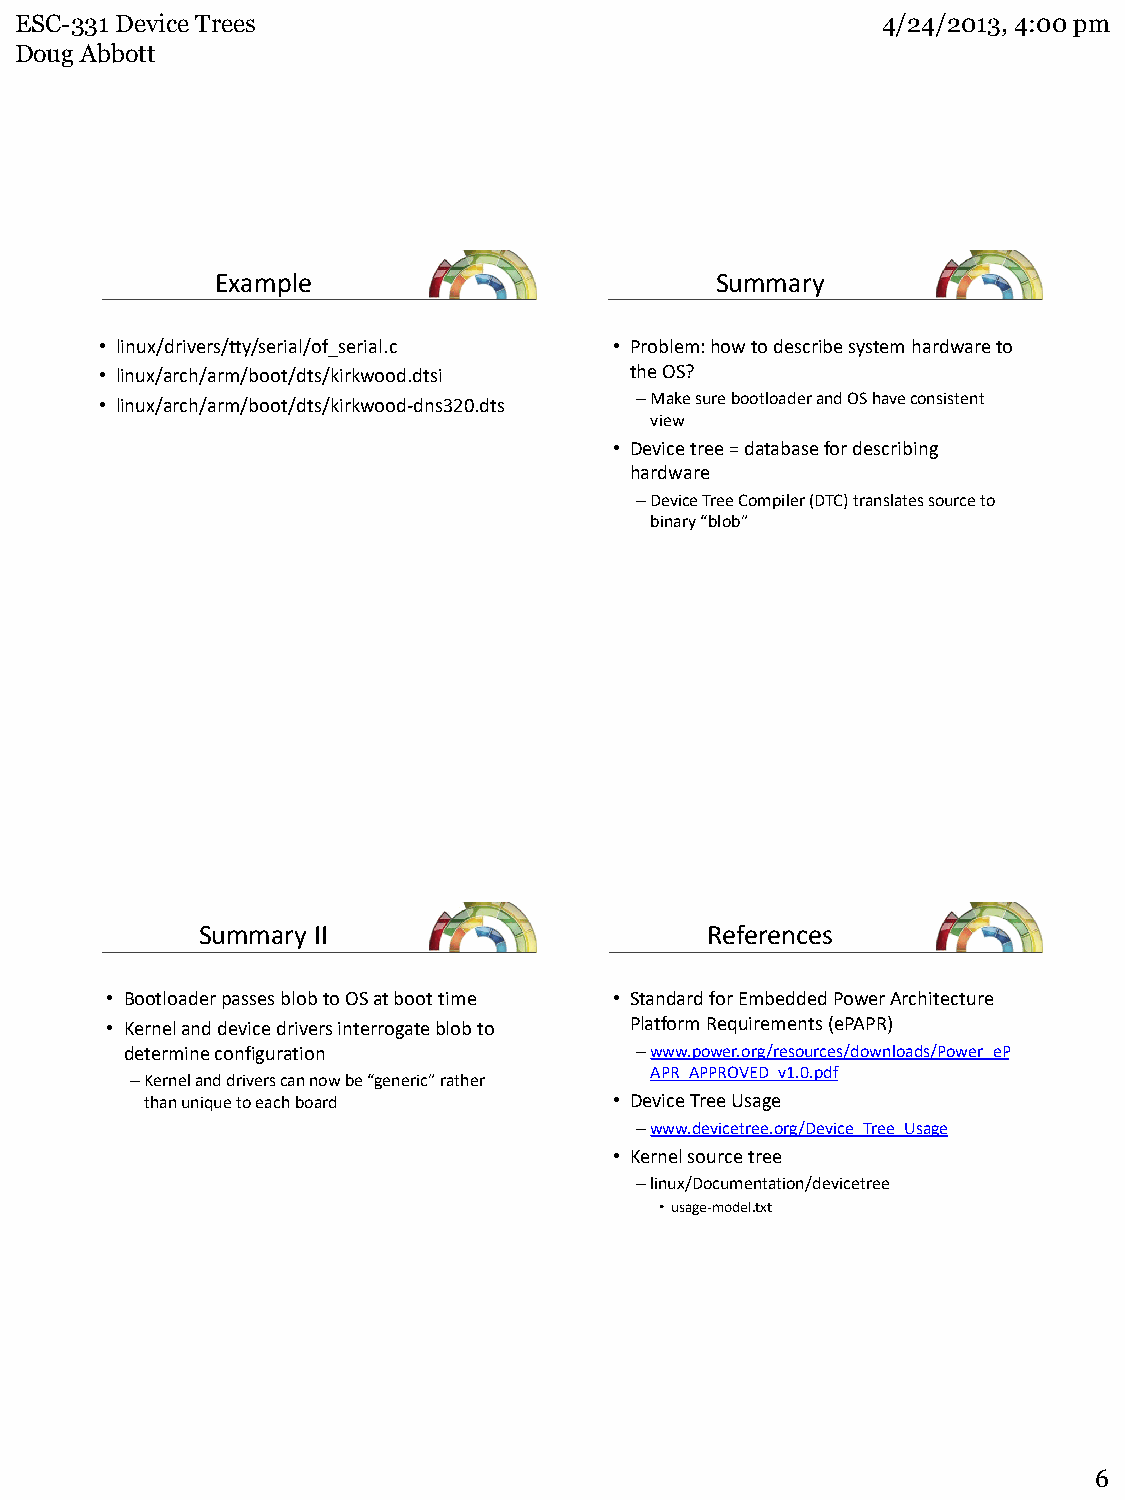
ESC-331 Device Trees                                     4/24/2013, 4:00 pm
 Doug Abbott
 Example                          Summary
 • linux/drivers/tty/serial/of_serial.c • Problem: how to describe system hardware to
 • linux/arch/arm/boot/dts/kirkwood.dtsi the OS?
 • linux/arch/arm/boot/dts/kirkwood-dns320.dts –Make sure bootloader and OS have consistent
 view
 • Device tree = database for describing
 hardware
 –Device Tree Compiler (DTC) translates source to
 binary “blob”
 Summary II                        References
 • Bootloader passes blob to OS at boot time • Standard for Embedded Power Architecture
 • Kernel and device drivers interrogate blob to Platform Requirements (ePAPR)
 determine configuration           –www.power.org/resources/downloads/Power_eP
 APR_APPROVED_v1.0.pdf
 –Kernel and drivers can now be “generic” rather
 than unique to each board      • Device Tree Usage
 –www.devicetree.org/Device_Tree_Usage
 • Kernel source tree
 –linux/Documentation/devicetree
 •usage-model.txt
 6